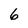
Character: 6